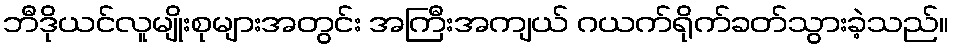
ဘီဒိုယင်လူမျိုးစုများအတွင်း အကြီးအကျယ် ဂယက်ရိုက်ခတ်သွားခဲ့သည်။